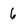
Character: 6